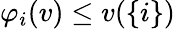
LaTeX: \varphi_{i}(v)\leq v(\{ i\} )